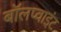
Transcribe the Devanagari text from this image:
बॉलप्वाइंट